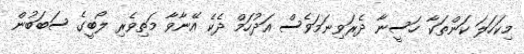
މިކަހަލަ ކަންތަކާ ހަސީނާ ދެރަވިނަމަވެސް އަދުހަމް ދެކެ އޭނާވާ މަތިވެރި ލޯބީގެ ސަބަބުން